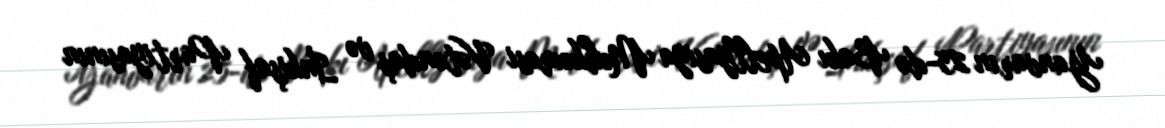
Yanvarın 25-də Bakı Apellyasiya Məhkəməsi Vətəndaş və İnkişaf Partiyasının